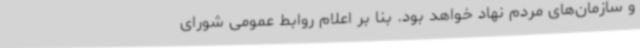
و سازمان‌های مردم نهاد خواهد بود. بنا بر اعلام روابط عمومی شورای